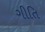
ગીતિ